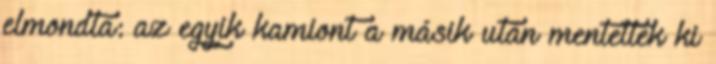
elmondta: az egyik kamiont a másik után mentették ki